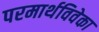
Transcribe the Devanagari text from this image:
परमार्थविवेका